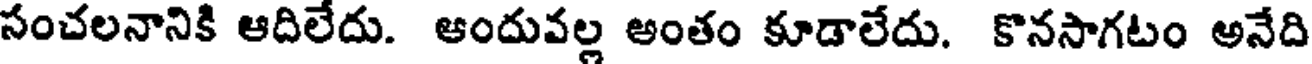
సంచలనానికి ఆదిలేదు. ఆందువల్ల అంతం కూడాలేదు. కొనసాగటం అనేది